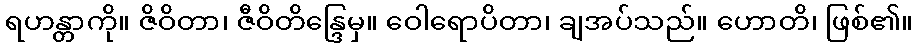
ရဟန္တာကို။ ဇိဝိတာ၊ ဇီဝိတိန္ဒြေမှ။ ဝေါရောပိတာ၊ ချအပ်သည်။ ဟောတိ၊ ဖြစ်၏။